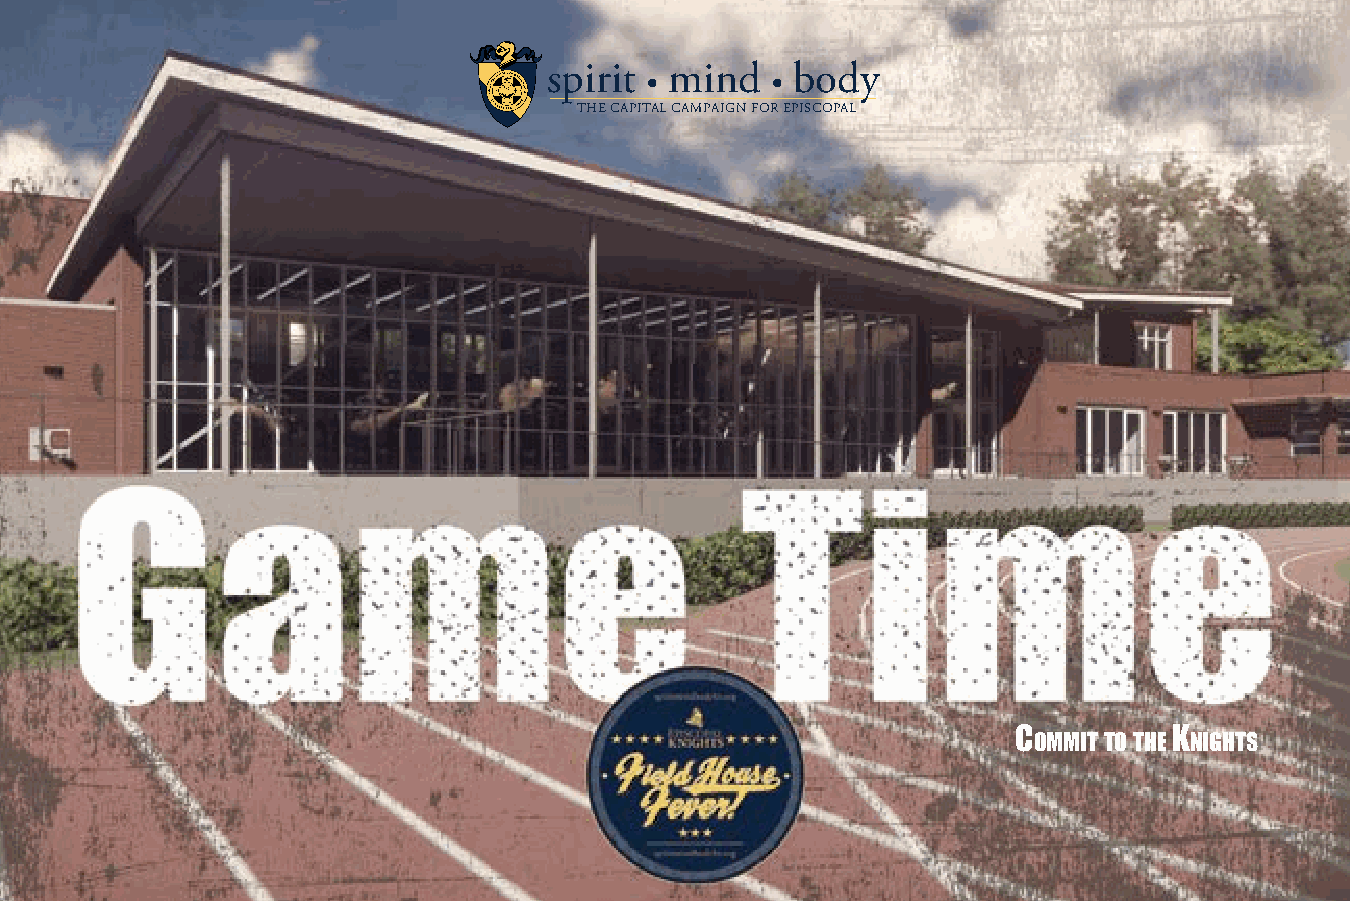
spirit  mind    body
 •       •
 THE CAPITAL CAMPAIGN FOR EPISCOPAL
 C          K
 ommittothe nights